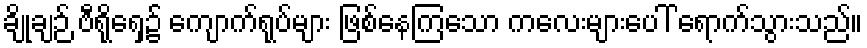
ချိုချဉ် ဗီရိုရှေ့၌ ကျောက်ရုပ်များ ဖြစ်နေကြသော ကလေးများပေါ် ရောက်သွားသည်။